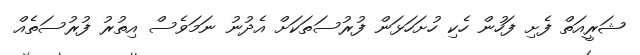
ޝަރީއަތް ފެށި ފަހުން ހެކި ހުށަހަޅަން ފުރުސަތަކަށް އެދުނު ނަމަވެސް އިތުރު ފުރުސަތެއް